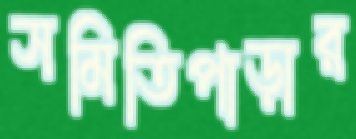
সমিতিপাড়ার